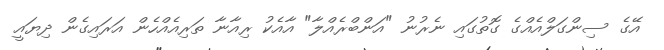
އޭގެ ސިންގަލްއެއްގެ ގޮތުގައި ނެރުނު "އަންބްރެއްލާ" އާއެކު ރިއާނާ ތަރިއެއްހެން އަރައިގެން ދިޔައީ